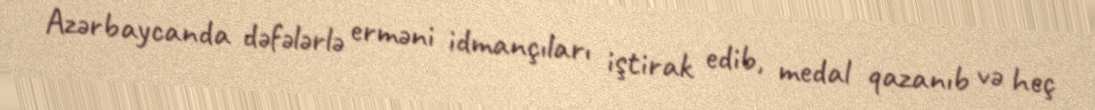
Azərbaycanda dəfələrlə erməni idmançıları iştirak edib, medal qazanıb və heç